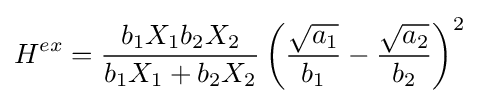
H^{ex}={\frac {b_{1}X_{1}b_{2}X_{2}}{b_{1}X_{1}+b_{2}X_{2}}}\left({\frac {\sqrt {a_{1}}}{b_{1}}}-{\frac {\sqrt {a_{2}}}{b_{2}}}\right)^{2}